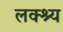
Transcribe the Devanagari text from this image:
लक्श्य